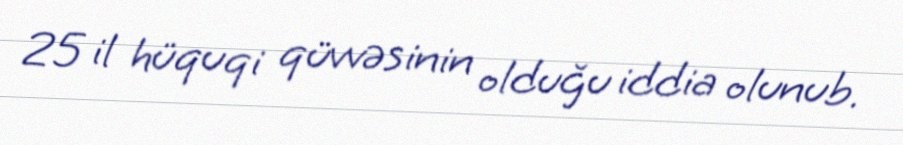
25 il hüquqi qüvvəsinin olduğu iddia olunub.